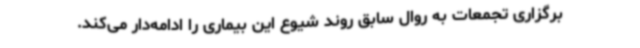
برگزاری تجمعات به روال سابق روند شیوع این بیماری را ادامه‌دار می‌کند.